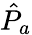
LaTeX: \hat{P}_{a}